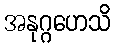
အနုဂ္ဂဟေသိ